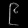
Digit: ၉